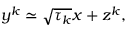
y ^ { k } \simeq \sqrt { \tau _ { k } } x + z ^ { k } ,